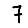
Digit: 7